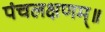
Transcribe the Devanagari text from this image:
पंचलक्षणम्‌॥